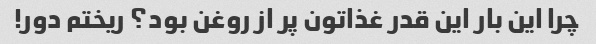
چرا این بار این قدر غذاتون پر از روغن بود؟ ریختم دور!